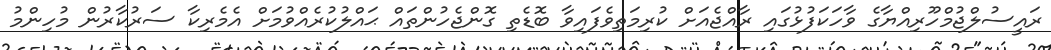
ރައީސުލްޖުމްހޫރިއްޔާގެ ވާހަކަފުޅުގައި ރާއްޖެއަށް ކުރިމަތިވެފައިވާ ބޮޑެތި ގޮންޖެހުންތައް ޙައްލުކުރެއްވުމަށް އެމެރިކާ ސަރުކާރުން މުހިންމު